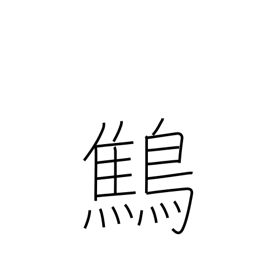
Meaning: wren